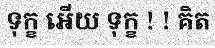
ទុក្ខ អើយ ទុក្ខ ! ! គិត